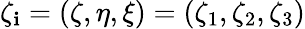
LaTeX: \zeta_{\mathbf{i}}=(\zeta,\eta,\xi)=(\zeta_{1},\zeta_{2},\zeta_{3})